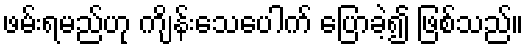
ဖမ်းရမည်ဟု ကျိန်းသေပေါက် ပြောခဲ့၍ ဖြစ်သည်။